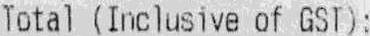
TOTAL (INCLUSIVE OF GST):